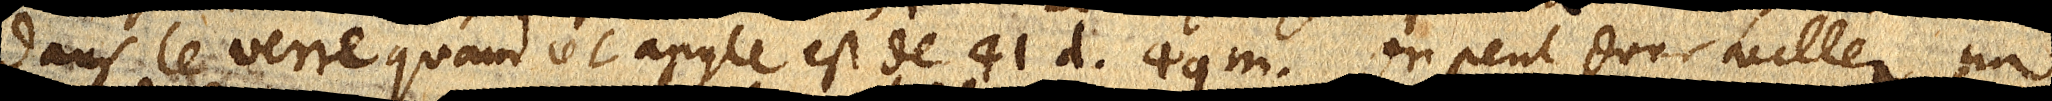
dans le verre quand cet angle est de 41 d. 49 m. On peut donc tailler un